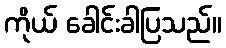
ကိုယ် ခေါင်းခါပြသည်။